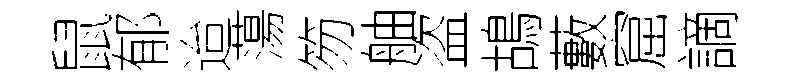
鼠郁迨蕩笏舳盗鴣藪窟謫